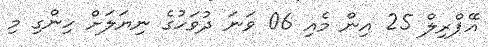
އޭޕްރިލް 25 އިން މެއި 06 ވަނަ ދުވަހުގެ ނިޔަލަށް ހިންގި މި